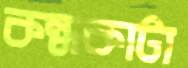
কন্ধকাটা